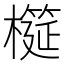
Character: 𱤨